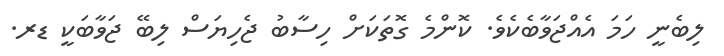
ލިބެނީ ހަމަ އެއްޖަވާބެކެވެ. ކޮންމެ ގޮތަކަށް ހިސާބު ޖެހިޔަސް ލިބޭ ޖަވާބަކީ ޑރ.